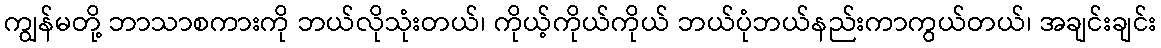
ကျွန်မတို့ ဘာသာစကားကို ဘယ်လိုသုံးတယ်၊ ကိုယ့်ကိုယ်ကိုယ် ဘယ်ပုံဘယ်နည်းကာကွယ်တယ်၊ အချင်းချင်း